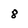
Character: 8